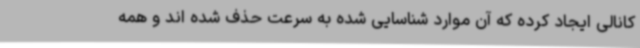
کانالی ایجاد کرده که آن موارد شناسایی شده به سرعت حذف شده اند و همه